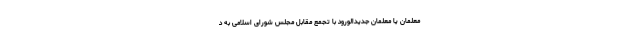
معلمان یا معلمان جدید‌الورود با تجمع مقابل مجلس شورای اسلامی به د